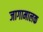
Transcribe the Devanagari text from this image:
जागामालक